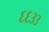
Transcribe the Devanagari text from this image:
६६३३